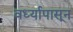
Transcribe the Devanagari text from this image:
वर्ध्यापासून